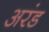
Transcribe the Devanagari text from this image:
अरंड